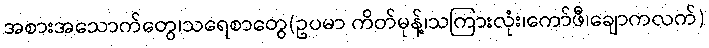
အစားအသောက်တွေ၊သရေစာတွေ(ဥပမာ ကိတ်မုန့်၊သကြားလုံး၊ကော်ဖီ၊ချောကလက်)